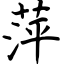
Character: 萍